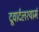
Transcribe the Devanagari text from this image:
दूवार्दलश्यामं